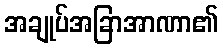
အချုပ်အခြာအာဏာ၏